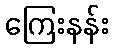
ကြေးနန်း